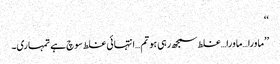
‘‘
’’ماورا…ماورا…غلط سمجھ رہی ہو تم…انتہائی غلط سوچ ہے تمہاری۔